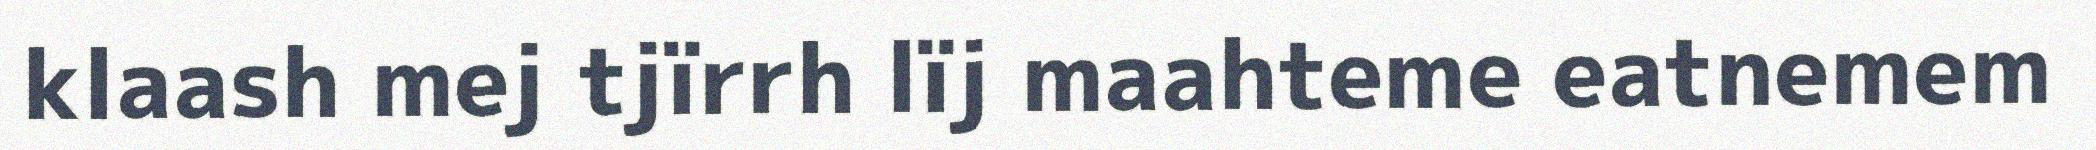
klaash mej tjïrrh lïj maahteme eatnemem